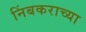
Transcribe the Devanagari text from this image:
निंबकराच्या